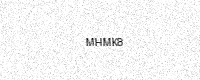
Text: MHMK8